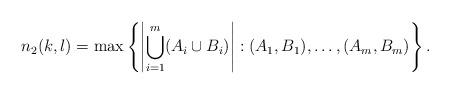
LaTeX: \begin{align*}n_2(k,l)=\max\left\{\left|\bigcup_{i=1}^m(A_i\cup B_i)\right|: (A_1,B_1),\dots,(A_m,B_m) \right\}.\end{align*}